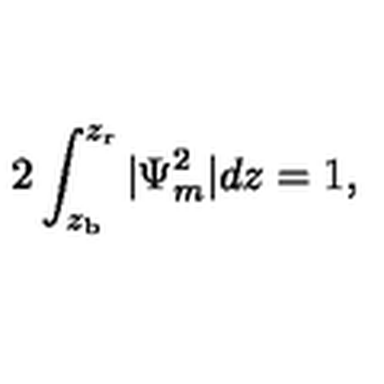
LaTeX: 2 \int _ { z _ { \mathrm { b } } } ^ { z _ { \mathrm { r } } } | \Psi _ { m } ^ { 2 } | d z = 1 ,